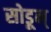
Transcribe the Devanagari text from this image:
सोडून्